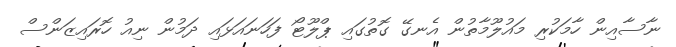
ނާސާއިން ހާމަކުރި މައުލޫމާތުން އެނގޭ ގޮތުގައި ޕްލޫޓޯ ފަހަނައަޅައި ދަމުން ނިއު ހޮރައިޒަންސް